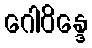
ဂေါဝိန္ဒေ